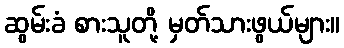
ဆွမ်းခံ စားသူတို့ မှတ်သားဖွယ်များ။